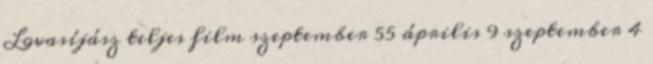
Lovasíjász teljes film szeptember 55 április 9 szeptember 4